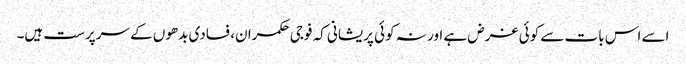
اسے اس بات سے کوئی غرض ہے اور نہ کوئی پریشانی کہ فوجی حکمران، فسادی بدھوں کے سرپرست ہیں۔